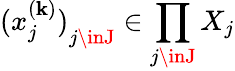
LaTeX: {(x_{j}^{(\mathbf{k})})}_{j\inJ}\in\prod_{j\inJ}X_{j}